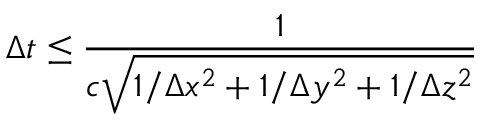
\Delta t \leq \frac { 1 } { c \sqrt { 1 / \Delta x ^ { 2 } + 1 / \Delta y ^ { 2 } + 1 / \Delta z ^ { 2 } } }